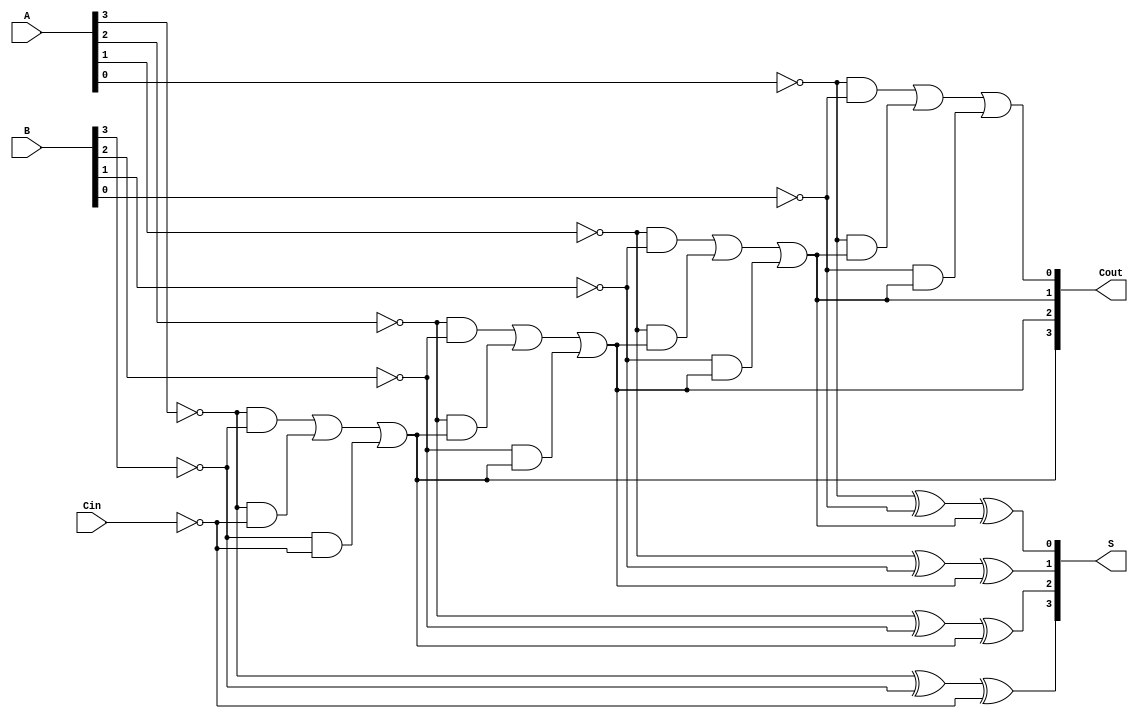
`timescale 1ns / 1ps
//////////////////////////////////////////////////////////////////////////////////
// Company: 
// Engineer: 
// 
// Design Name: 
// Module Name:    Adder_4Bit 
// Project Name: 
// Target Devices: 
// Tool versions: 
// Description: 
//
// Dependencies: 
//
// Revision: 
// Revision 0.01 - File Created
// Additional Comments: 
//
//////////////////////////////////////////////////////////////////////////////////
module Adder_4Bit(
    input [0:3] A,
    input [0:3] B,
    input  Cin,
    output wire [0:3] Cout,
    output [0:3] S
    );
	 
assign S[0]= !A[0] ^ !B[0] ^ !Cin ;
assign Cout[0]= !A[0]&!B[0] | !A[0]&!Cin | !B[0]&!Cin; //same formula applied for 1 bit adder 

assign S[1]= !A[1] ^ !B[1] ^ Cout[0] ;
assign Cout[1]= !A[1]&!B[1] | !A[1]&Cout[0] | !B[1]&Cout[0];

assign S[2]= !A[2] ^ !B[2] ^ Cout[1] ;
assign Cout[2]= !A[2]&!B[2] | !A[2]&Cout[1] | !B[2]&Cout[1];

assign S[3]= !A[3] ^ !B[3] ^ Cout[2] ;
assign Cout[3]= !A[3]&!B[3] | !A[3]&Cout[2] | !B[3]&Cout[2];




endmodule